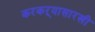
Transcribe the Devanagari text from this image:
करकऱ्यासारखी